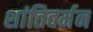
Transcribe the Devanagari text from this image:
शांतिवर्मन